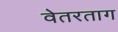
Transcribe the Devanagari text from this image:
वेतरताग